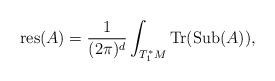
LaTeX: \begin{align*}\mathrm{res}(A)=\frac{1}{(2\pi)^d}\int_{T_1^{\ast}M}\mathrm{Tr}(\mathrm{Sub}(A)), \end{align*}